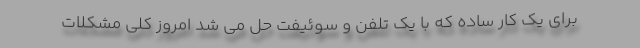
برای یک کار ساده که با یک تلفن و سوئیفت حل می شد امروز کلی مشکلات